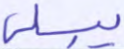
يبلى